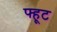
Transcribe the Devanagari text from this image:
फ्हूट